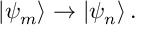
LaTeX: | \psi _ { m } \rangle \rightarrow | \psi _ { n } \rangle \, .